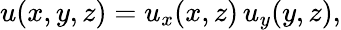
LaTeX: u(x,y,z)=u_{x}(x,z)\, u_{y}(y,z),